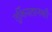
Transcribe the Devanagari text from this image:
तुर्किस्तानकी